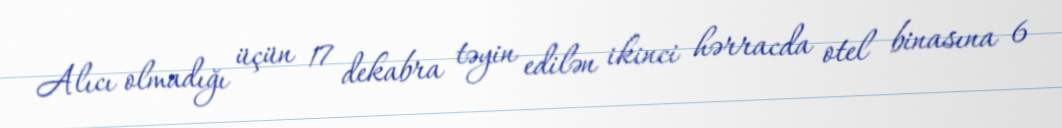
Alıcı olmadığı üçün 17 dekabra təyin edilən ikinci hərracda otel binasına 6